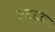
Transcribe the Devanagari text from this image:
टटाऊ